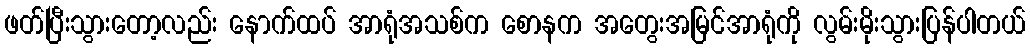
ဖတ်ပြီးသွားတော့လည်း နောက်ထပ် အာရုံအသစ်က စောနက အတွေးအမြင်အာရုံကို လွမ်းမိုးသွားပြန်ပါတယ်